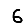
Digit: 6